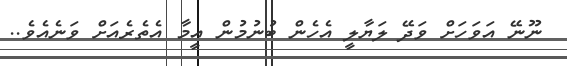
ނޫނޭ އަވަހަށް ވަދޭ ލަޔާލީ އެހެން ބުނުމުން އީމާ އެތެރެއަށް ވަނެއެވެ..